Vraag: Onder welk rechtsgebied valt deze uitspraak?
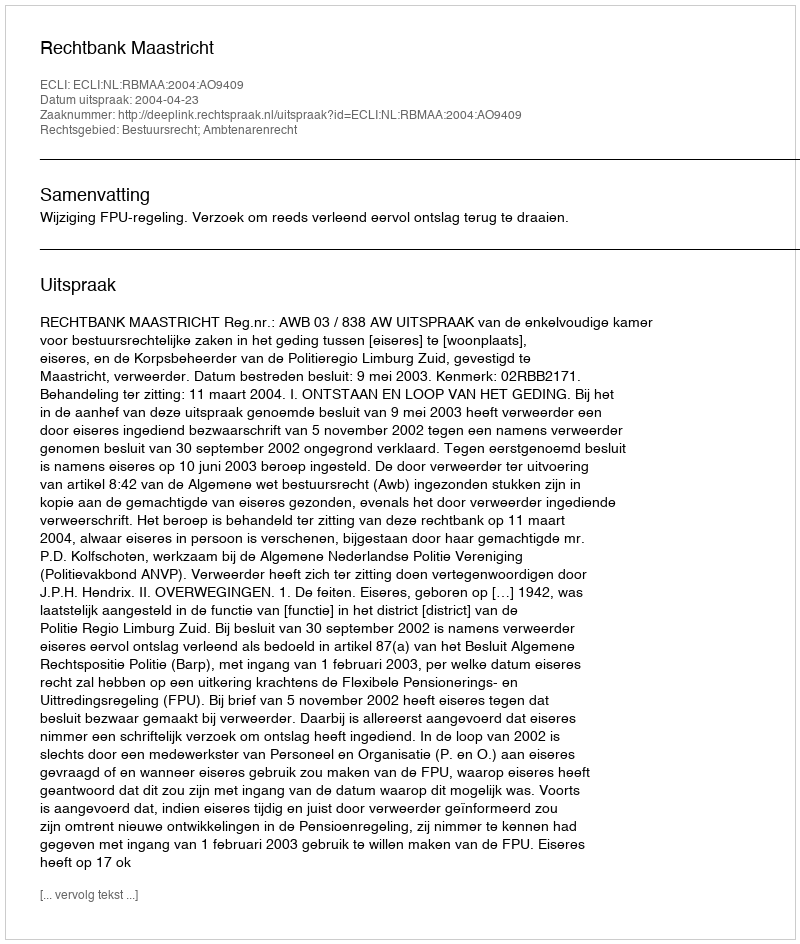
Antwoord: Bestuursrecht; Ambtenarenrecht